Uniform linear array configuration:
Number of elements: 64
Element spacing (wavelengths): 0.5
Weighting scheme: hamming
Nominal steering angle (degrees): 45
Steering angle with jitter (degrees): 46.672
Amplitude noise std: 0.05
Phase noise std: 0.05

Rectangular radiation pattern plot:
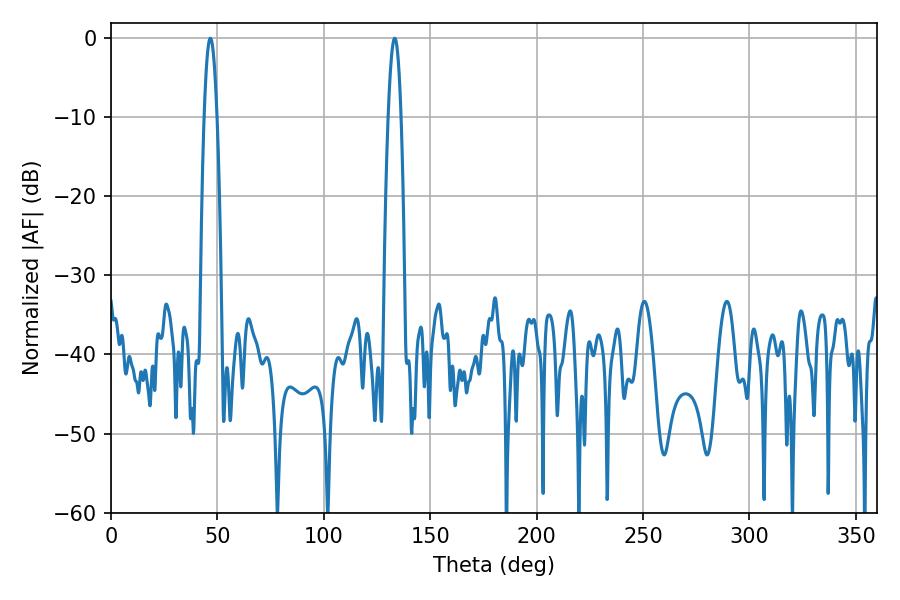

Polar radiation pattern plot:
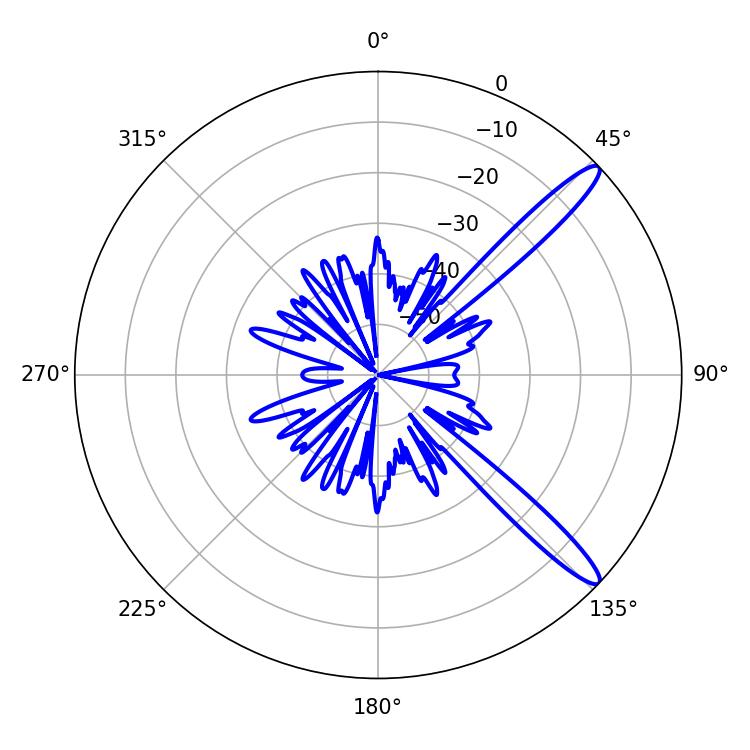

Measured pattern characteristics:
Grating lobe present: FALSE
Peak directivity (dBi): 13.378
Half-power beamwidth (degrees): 3.42
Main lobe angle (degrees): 46.62